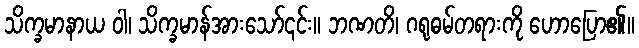
သိက္ခမာနာယ ဝါ၊ သိက္ခမာန်အားသော်၎င်း။ ဘဏတိ၊ ဂရုဓမ်တရားကို ဟောပြော၏။